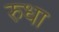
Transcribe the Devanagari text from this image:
रुधा